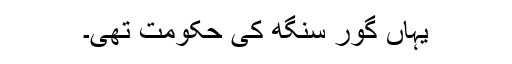
یہاں گور سنگھ کی حکومت تھی۔